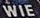
WIE